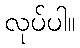
လုပ်ပါ။